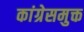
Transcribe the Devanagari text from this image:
कांग्रेसमुक्त